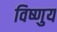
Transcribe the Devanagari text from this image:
विष्णुय